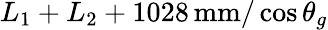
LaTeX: L_{1}+L_{2}+1028\, \mathrm{mm}/\cos\theta_{g}